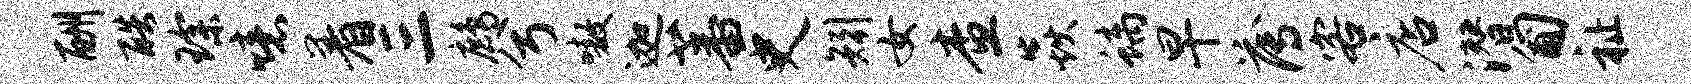
酬酷琛噫着三鹧兮嗷迦蕃史矧女查焱螭早薄客店潜匍祉